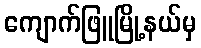
ကျောက်ဖြူမြို့နယ်မှ